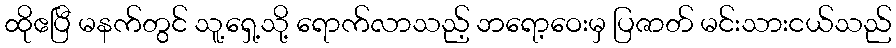
ထိုဧပြီ မနက်တွင် သူ့ရှေ့သို့ ရောက်လာသည့် ဘရော့ဝေးမှ ပြဇာတ် မင်းသားငယ်သည်